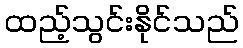
ထည့်သွင်းနိုင်သည်